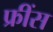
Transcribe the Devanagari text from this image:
फ्रींस